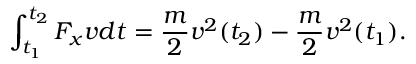
\int _ { t _ { 1 } } ^ { t _ { 2 } } F _ { x } v d t = { \frac { m } { 2 } } v ^ { 2 } ( t _ { 2 } ) - { \frac { m } { 2 } } v ^ { 2 } ( t _ { 1 } ) .